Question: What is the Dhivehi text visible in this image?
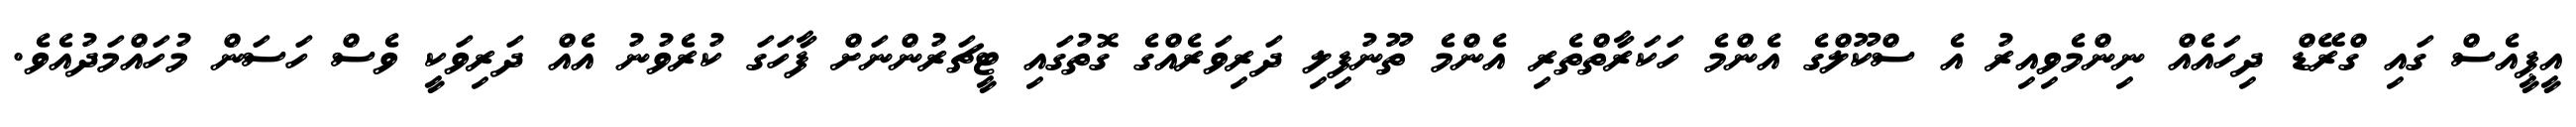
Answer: އީޕީއެސް ގައި ގްރޭޑް ދިހައެއް ނިންމެވިއިރު އެ ސްކޫލްގެ އެންމެ ހަކަރާތްތެރި އެންމެ ތޫނުފިލި ދަރިވަރެއްގެ ގޮތުގައި ޓީޗަރުންނަށް ފާހަގަ ކުރެވުނު އެއް ދަރިވަކީ ވެސް ހަސަން މުހައްމަދުއެވެ.